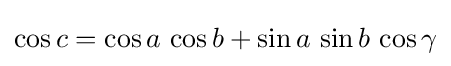
\cos c=\cos a\,\cos b+\sin a\,\sin b\,\cos \gamma